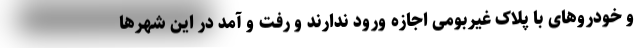
و خودروهای با پلاک غیربومی اجازه ورود ندارند و رفت و آمد در این شهرها